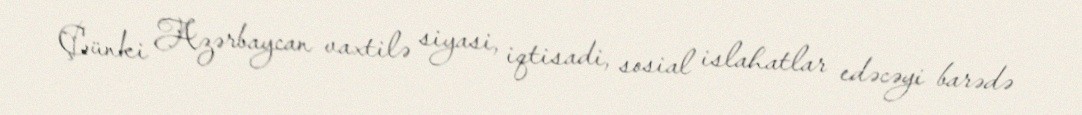
Çünki Azərbaycan vaxtilə siyasi, iqtisadi, sosial islahatlar edəcəyi barədə